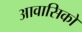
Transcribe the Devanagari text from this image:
आवासिकों